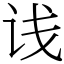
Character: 𬣡